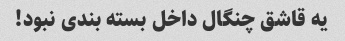
یه قاشق چنگال داخل بسته بندی نبود!